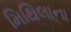
મિથિલાના